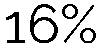
16%